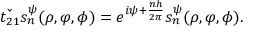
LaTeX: \check { t _ { 2 1 } } s _ { n } ^ { \psi } ( \rho , \varphi , \phi ) = e ^ { i \psi + \frac { n h } { 2 \pi } } s _ { n } ^ { \psi } ( \rho , \varphi , \phi ) .